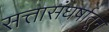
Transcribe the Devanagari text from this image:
सत्तासंघर्षातून